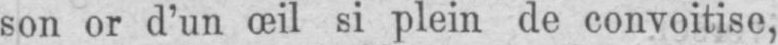
son or d’un œil si plein de convoitise,